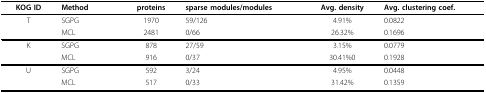
| KOG ID | Method | proteins | sparse modules/modules | Avg. density | Avg. clustering coef. |
 | --- | --- | --- | --- | --- | --- |
 | T | SGPG | 1970 | 59/126 | 4.91% | 0.0822 |
 |  | MCL | 2481 | 0/66 | 26.32% | 0.1696 |
 | K | SGPG | 878 | 27/59 | 3.15% | 0.0779 |
 |  | MCL | 916 | 0/37 | 30.41%0 | 0.1928 |
 | U | SGPG | 592 | 3/24 | 4.95% | 0.0448 |
 |  | MCL | 517 | 0/33 | 31.42% | 0.1359 |